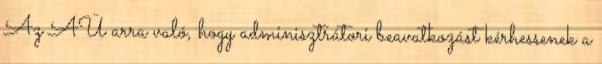
Az AÜ arra való, hogy adminisztrátori beavatkozást kérhessenek a